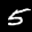
Label: 5